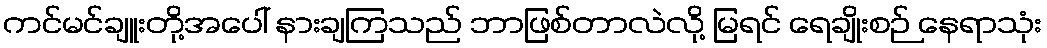
ကင်မင်ချူးတို့အပေါ် နားချကြသည် ဘာဖြစ်တာလဲလို့ မြရင် ရေချိုးစဉ် နေရာသုံး